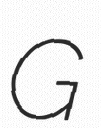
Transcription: G